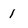
Character: 1